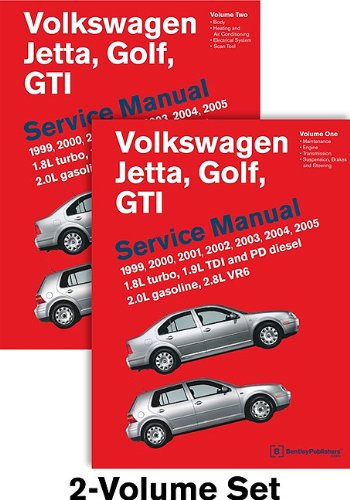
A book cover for Volkswagen Jetta, Golf, GTI (A4) Service Manual: 1999, 2000, 2001, 2002, 2003, 2004, 2005 - 2 VOLUME SET; Bentley Publishers; Engineering & Transportation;